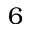
6